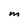
Character: M